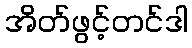
အိတ်ဖွင့်တင်ဒါ